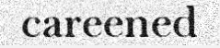
careened